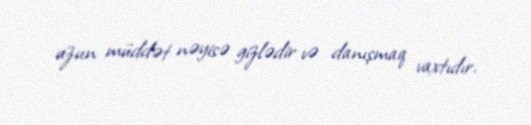
uzun müddət nəyisə gizlədir və danışmaq vaxtıdır.